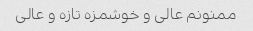
ممنونم عالی و خوشمزه تازه و عالی